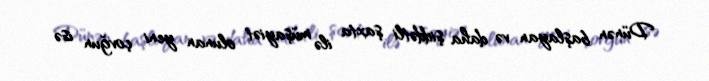
Dünən başlayan və daha şiddətli şaxta ilə müşayiət olunan yeni çovğun isə